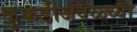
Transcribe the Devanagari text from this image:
कुकडीजवळ्च्या